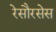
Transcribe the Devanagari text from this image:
रेसौरसेस